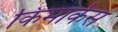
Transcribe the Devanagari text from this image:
किमार्कस